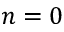
n = 0